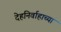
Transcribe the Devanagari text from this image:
देहनिर्वाहाच्या